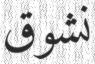
نشوق